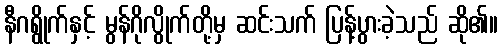
နီဂရွိုက်နှင့် မွန်ဂိုလွိုက်တို့မှ ဆင်းသက် ပြန့်ပွားခဲ့သည် ဆို၏။